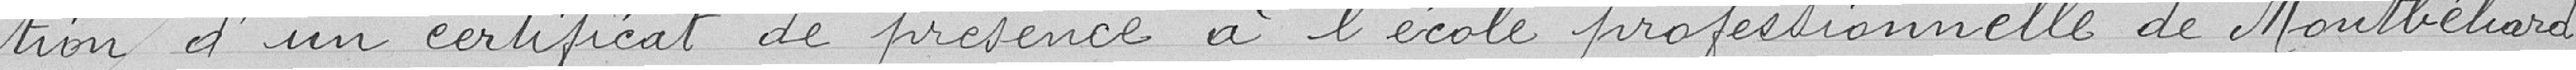
tion d'un certificat de présence à l'école professionnelle de Montbéliard .